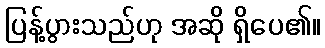
ပြန့်ပွားသည်ဟု အဆို ရှိပေ၏။